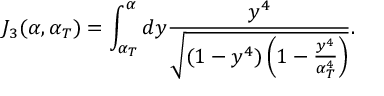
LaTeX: J _ { 3 } ( \alpha , \alpha _ { T } ) = \int _ { \alpha _ { T } } ^ { \alpha } d y \frac { y ^ { 4 } } { \sqrt { ( 1 - y ^ { 4 } ) \left( 1 - \frac { y ^ { 4 } } { \alpha _ { T } ^ { 4 } } \right) } } .